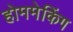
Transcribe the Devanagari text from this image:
होममेकिंग